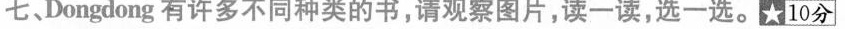
七 Dongdong 有许多不同种类的书,请观察图片,读一读,选一选.★10分